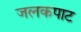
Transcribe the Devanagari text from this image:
जलकपाट